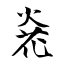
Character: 炛